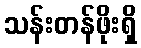
သန်းတန်ဖိုးရှိ